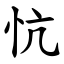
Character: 忼